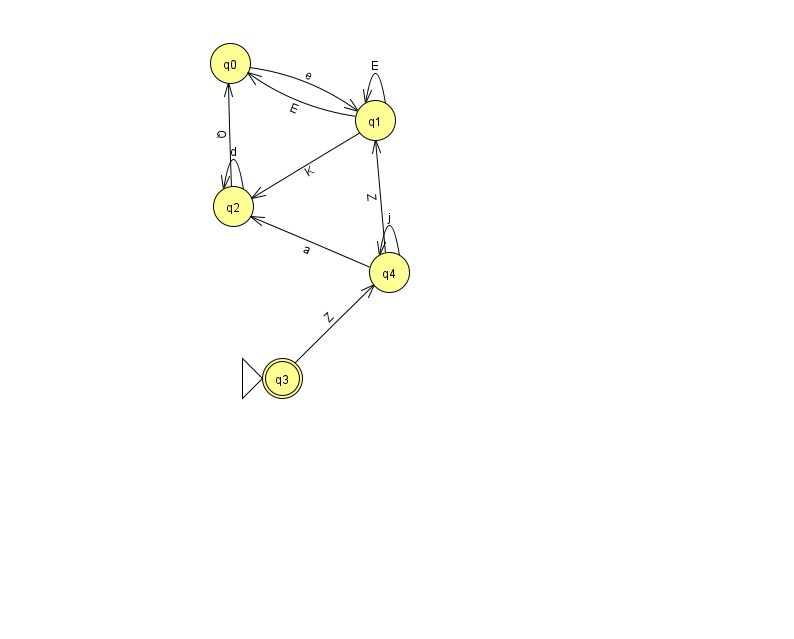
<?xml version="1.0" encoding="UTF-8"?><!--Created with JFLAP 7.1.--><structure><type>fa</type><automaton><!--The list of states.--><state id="0" name="q0"><x>230.0</x><y>50.0</y></state><state id="1" name="q1"><x>375.0</x><y>107.0</y></state><state id="2" name="q2"><x>233.0</x><y>193.0</y></state><state id="3" name="q3"><x>282.0</x><y>365.0</y><initial/><final/></state><state id="4" name="q4"><x>389.0</x><y>259.0</y></state><!--The list of transitions.--><transition><from>2</from><to>0</to><read>Q</read></transition><transition><from>0</from><to>1</to><read>e</read></transition><transition><from>1</from><to>0</to><read>E</read></transition><transition><from>2</from><to>2</to><read>d</read></transition><transition><from>1</from><to>1</to><read>E</read></transition><transition><from>4</from><to>2</to><read>a</read></transition><transition><from>3</from><to>4</to><read>Z</read></transition><transition><from>4</from><to>1</to><read>Z</read></transition><transition><from>4</from><to>4</to><read>j</read></transition><transition><from>1</from><to>2</to><read>K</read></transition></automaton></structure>